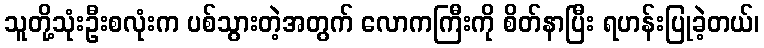
သူတို့သုံးဦးစလုံးက ပစ်သွားတဲ့အတွက် လောကကြီးကို စိတ်နာပြီး ရဟန်းပြုခဲ့တယ်၊